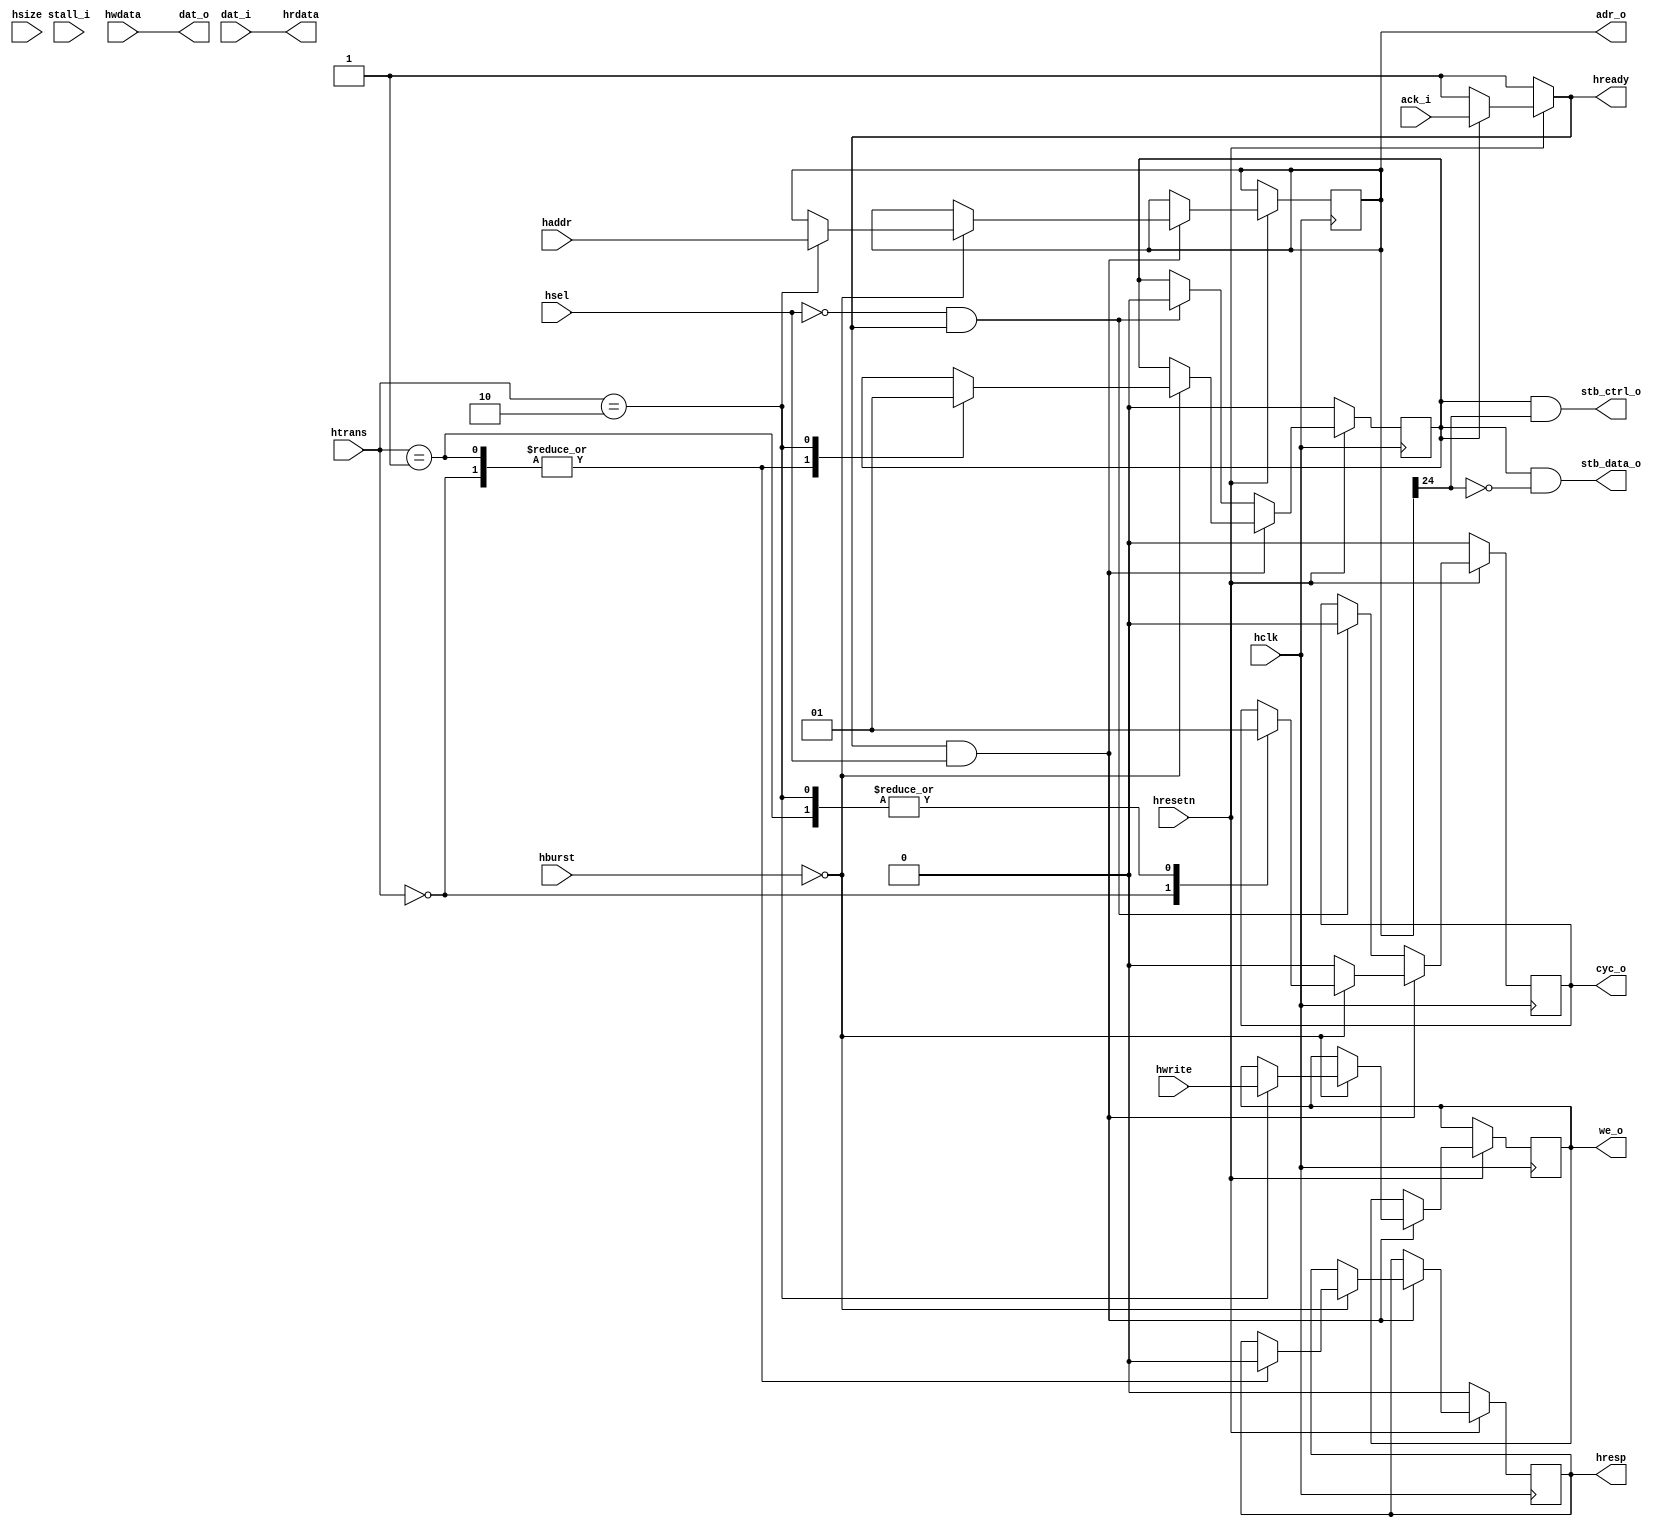

// Copyright (c) 2007 TooMuch Semiconductor Solutions Pvt Ltd.


//Designer      :   Manish Agarwal
//Description   :   AHB WISHBONE BRIDGE :- This design will connect AHB master interface with Wishbone slave.
//                  This design will perform only single read-write operation.
//Revision      :   1.0

//History       :   06-02-2018 K.Hagiwara Modified for wbqspiflash.v (OpenCores)

// Disclaimer
// This source file may be used and distributed without restriction provided that this copyright
// statement is not removed from the file and that any derivative work contains the original
// copyright notice and the associated disclaimer.
// This software is provided as is and without any express or implied warranties, including,
// but not limited to, the implied warranties of merchantability and fitness for a particular
// purpose. in no event shall the author or contributors be liable for any direct, indirect,
// incidental, special, exemplary, or consequential damages (including, but not limited to,
// procurement of substitute goods or services; loss of use, data, or profits; or business
// interruption) however caused and on any theory of liability, whether in contract, strict
// liability, or tort (including negligence or otherwise) arising in any way out of the use of this
// software, even if advised of the possibility of such damage.

//******************************************************************************************************

module ahb2wbqspi (
  adr_o, dat_o, stall_i, dat_i, ack_i, cyc_o,
  we_o, stb_data_o, stb_ctrl_o,
  hclk, hresetn, haddr, htrans, hwrite, hsize, hburst,
  hsel, hwdata, hrdata, hresp, hready
  );


//parameter declaration
  parameter AWIDTH = 32;
  parameter DWIDTH = 32;


//**************************************
// input ports
//**************************************

 //wishbone ports     
  input stall_i;            // stall input from wishbone slave
  input [DWIDTH-1:0]dat_i;  // data input from wishbone slave
  input ack_i;              // acknowledment from wishbone slave
  
 //AHB ports  
  input hclk;               // clock
  input hresetn;            // active low reset
  input [DWIDTH-1:0]hwdata; // data bus   
  input hwrite;             // write/read enable
  input [2:0]hburst;        // burst type
  input [2:0]hsize;         // data size
  input [1:0]htrans;        // type of transfer
  input hsel;               // slave select 
  input [AWIDTH-1:0]haddr;  // address bus  


//**************************************
// output ports
//**************************************

 //wishbone ports
  output [AWIDTH-1:0]adr_o; // address to wishbone slave 
  output [DWIDTH-1:0]dat_o; // data output for wishbone slave
  output cyc_o;             // signal to indicate valid bus cycle
  output we_o;              // write enable
  output stb_data_o;        // strobe to indicate valid data transfer cycle for data
  output stb_ctrl_o;        // strobe to indicate valid data transfer cycle for registers
    

 // AHB ports
  output [DWIDTH-1:0]hrdata; // data output for wishbone slave
  output hresp;              // response signal from slave
  output hready;             // slave ready


//**************************************
// inout ports
//**************************************


//**********************************************************************************


// datatype declaration
  reg [DWIDTH-1:0]hrdata;
  reg hready;
  reg hresp;
  reg stb_o;
  wire we_o;
  reg cyc_o;
  wire [AWIDTH-1:0]adr_o;
  reg [DWIDTH-1:0]dat_o;
  
// local memory registers
  reg [AWIDTH-1 : 0]addr_temp;
  reg hwrite_temp;                // to hold write enable signal temporarily

//*******************************************************************
// AHB WISHBONE BRIDGE logic
//*******************************************************************
            
  assign we_o  = hwrite_temp;
  assign adr_o = addr_temp;

  always @ (posedge hclk ) begin
    if (!hresetn) begin
      hresp  <= 1'b0;
      cyc_o  <= 'b0;
      stb_o  <= 'b0;
    end
    else if(hready & hsel) begin
      case (hburst)
        // single transfer
        3'b000  :   begin                     
                case (htrans)
                  // idle transfer type
                  2'b00 : begin
                        hresp <= 1'b0;     // ok response
                        cyc_o <= 'b0;
                        stb_o <= 'b0;
                      end

                  // busy transfer type
                  2'b01 : begin             
                        hresp <= 1'b0;     // ok response
                        cyc_o <= 'b1;
                        stb_o <= 'b0;
                      end
  
                  // Non-Sequential
                  2'b10 : begin
                        cyc_o <= 'b1;
                        stb_o <= 'b1;
                        addr_temp <= haddr;
                        hwrite_temp <= hwrite;  // control signal stored that was received in address phase
                      end
                endcase
              end

        default :   cyc_o <= 'b0;
      endcase
    end
    else if (!hsel & hready) begin
      cyc_o <= 'b0;           //invalid bus transfer
      stb_o <= 'b0;
    end
  end

  assign stb_data_o = stb_o & ~addr_temp[24];
  assign stb_ctrl_o = stb_o &  addr_temp[24];


// combinational logic - asynchronous read/write
  always@(hwdata or dat_i or ack_i or hresetn or stb_o ) begin
    hready = ~hresetn ? 1'b1 :
             stb_o ? ack_i : 1'b1;
    dat_o  = hwdata;
    hrdata = dat_i;
  end 
    
endmodule